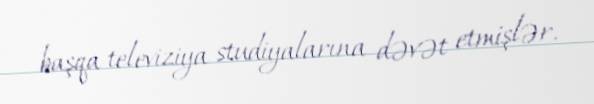
başqa televiziya studiyalarına dəvət etmişlər.